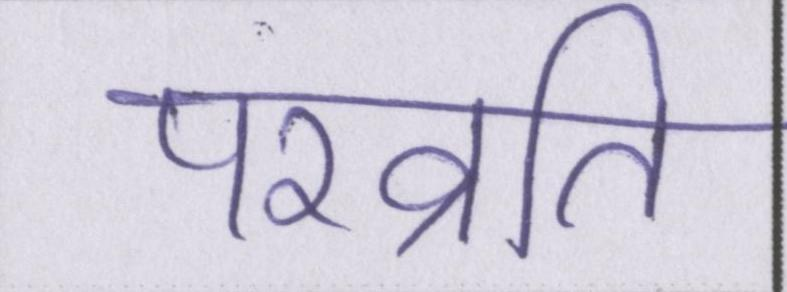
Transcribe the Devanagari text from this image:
परव्रति